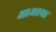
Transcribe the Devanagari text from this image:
आअावा